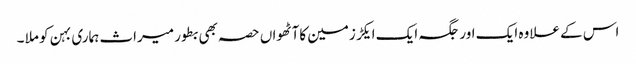
اس کے علاوہ ایک اور جگہ ایک ایکڑ زمین کاآٹھواں حصہ بھی بطور میراث ہماری بہن کو ملا ۔